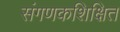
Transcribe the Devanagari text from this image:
संगणकशिक्षित